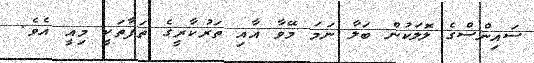
ސައިންސްގެ ލޮލަކުން ބަލާ ނަމަ މޭވާ އާއި ތަރުކާރީގެ ތަފާތަކީ މިއީ އެވެ.